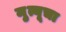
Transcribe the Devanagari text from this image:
मृुत्यूचा